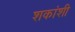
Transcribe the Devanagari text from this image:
शकांशी